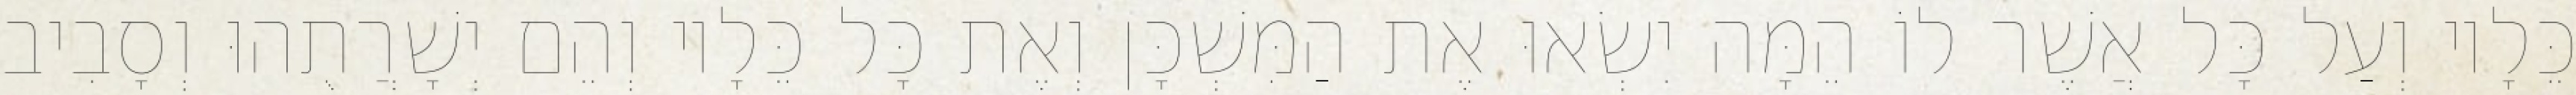
כֵּלָיו וְעַל כָּל אֲשֶׁר לוֹ הֵמָּה יִשְׂאוּ אֶת הַמִּשְׁכָּן וְאֶת כָּל כֵּלָיו וְהֵם יְשָׁרֲתֻהוּ וְסָבִיב